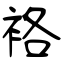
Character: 袼